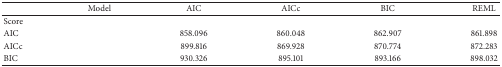
<table><thead><tr><td>[EMPTY_CELL]</td><td><b>Model</b></td><td><b> AIC</b></td><td><b> AICc</b></td><td><b> BIC</b></td><td><b> REML</b></td></tr></thead><tbody><tr><td>Score</td><td>[EMPTY_CELL]</td><td>[EMPTY_CELL]</td><td>[EMPTY_CELL]</td><td>[EMPTY_CELL]</td><td>[EMPTY_CELL]</td></tr><tr><td> AIC </td><td>[EMPTY_CELL]</td><td>858.096 </td><td>860.048</td><td>862.907</td><td>861.898</td></tr><tr><td>AICc </td><td>[EMPTY_CELL]</td><td>899.816 </td><td>869.928</td><td>870.774</td><td>872.283</td></tr><tr><td>BIC </td><td>[EMPTY_CELL]</td><td>930.326 </td><td>895.101</td><td>893.166</td><td>898.032</td></tr></tbody></table>